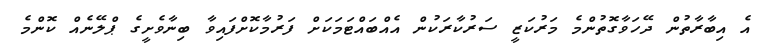
އެ އިބާރާތުން ދޭހަވާގޮތުންމެ މަރުކަޒީ ސަރުކާރަކުން އެއްބައްޓަމަކަށް ފަރުމާކޮށްފައިވާ ބިނާވެށީގެ ޕްލޭނެއް ކޮންމެ